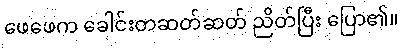
ဖေဖေက ခေါင်းတဆတ်ဆတ် ညိတ်ပြီး ပြော၏။